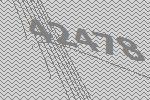
42478